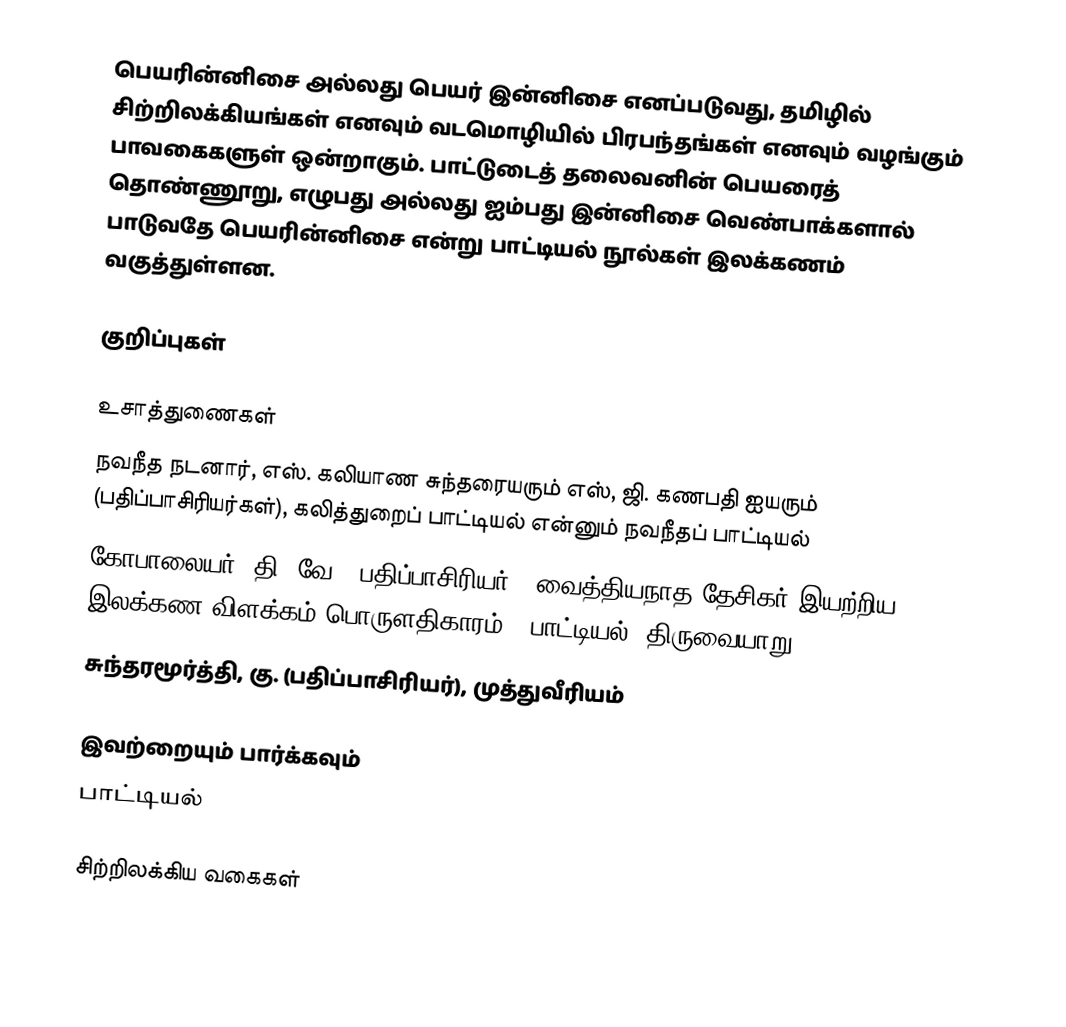
பெயரின்னிசை அல்லது பெயர் இன்னிசை எனப்படுவது, தமிழில் சிற்றிலக்கியங்கள் எனவும் வடமொழியில் பிரபந்தங்கள் எனவும் வழங்கும் பாவகைகளுள் ஒன்றாகும்.  பாட்டுடைத் தலைவனின் பெயரைத் தொண்ணூறு, எழுபது அல்லது ஐம்பது இன்னிசை வெண்பாக்களால் பாடுவதே பெயரின்னிசை என்று பாட்டியல் நூல்கள் இலக்கணம் வகுத்துள்ளன.

குறிப்புகள்

உசாத்துணைகள்
 நவநீத நடனார், எஸ். கலியாண சுந்தரையரும் எஸ், ஜி. கணபதி ஐயரும் (பதிப்பாசிரியர்கள்), கலித்துறைப் பாட்டியல் என்னும் நவநீதப் பாட்டியல்
 கோபாலையர், தி. வே. (பதிப்பாசிரியர்), வைத்தியநாத தேசிகர் இயற்றிய இலக்கண விளக்கம் பொருளதிகாரம் - பாட்டியல், திருவையாறு.
 சுந்தரமூர்த்தி, கு. (பதிப்பாசிரியர்), முத்துவீரியம்

இவற்றையும் பார்க்கவும்
 பாட்டியல்

சிற்றிலக்கிய வகைகள்